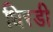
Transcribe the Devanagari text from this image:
धिरडी